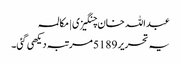
عبداللہ خان چنگیزی | مکالمہ
یہ تحریر 5189 مرتبہ دیکھی گئی۔